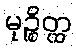
မုဉ္စိတ္ထ